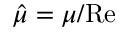
\hat { \mu } = \mu / \mathrm { R e }